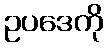
ဥပဒေကို